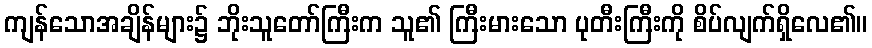
ကျန်သောအချိန်များ၌ ဘိုးသူတော်ကြီးက သူ၏ ကြီးမားသော ပုတီးကြီးကို စိပ်လျက်ရှိလေ၏။